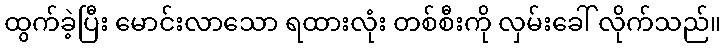
ထွက်ခဲ့ပြီး မောင်းလာသော ရထားလုံး တစ်စီးကို လှမ်းခေါ် လိုက်သည်။